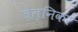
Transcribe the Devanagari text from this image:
ज़ेल्निकर